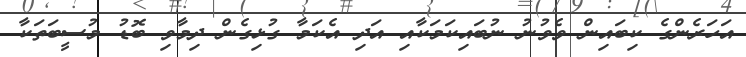
އަހަރެންގެ ކިބައިން ވެވުނު ނުބައިކަމަކާއި އަދި އެކަމާ ގުޅިގެން ދިމާވި ބޮޑު މުސީބަތަކާ